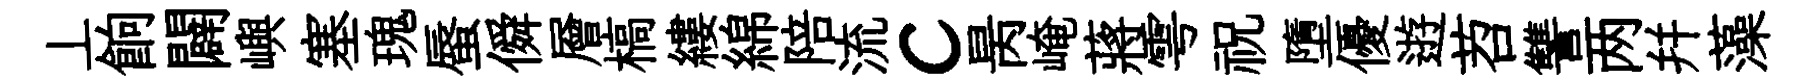
丄餉闢嶼塞瑰蜃僢層槁縷綿陪流c昺崦蔣雩祝墮優逰苕讐两幷藻